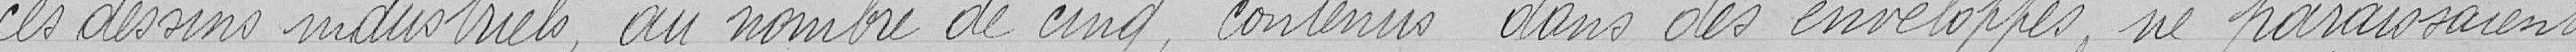
ces dessins industriels au nombre de cinq, contenus dans des enveloppes, ne paraissaient